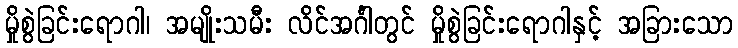
မှိုစွဲခြင်းရောဂါ၊ အမျိုးသမီး လိင်အင်္ဂါတွင် မှိုစွဲခြင်းရောဂါနှင့် အခြားသော